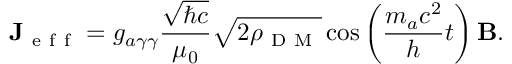
\mathbf { J } _ { \mathrm { ~ e ~ f ~ f ~ } } = g _ { a \gamma \gamma } \frac { \sqrt { \hbar c } } { \mu _ { 0 } } \sqrt { 2 \rho _ { \mathrm { ~ D ~ M ~ } } } \cos \left( \frac { m _ { a } c ^ { 2 } } { h } t \right) \mathbf { B } .